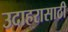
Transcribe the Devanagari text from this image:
उदाहरासाठी